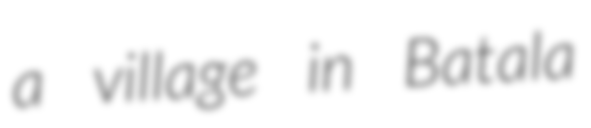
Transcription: a village in Batala